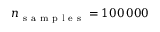
n _ { \mathrm { ~ s ~ a ~ m ~ p ~ l ~ e ~ s ~ } } = 1 0 0 \, 0 0 0